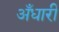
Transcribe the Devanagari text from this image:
अँधारी